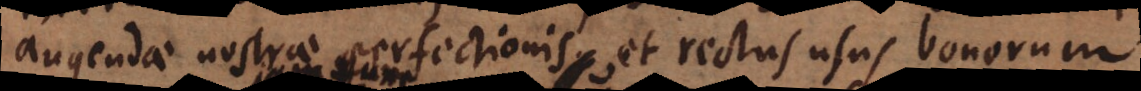
augendae nostrae perfectionis, et rectus usus bonorum